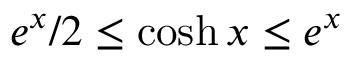
e ^ { x } / 2 \leq \cosh { x } \leq e ^ { x }